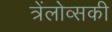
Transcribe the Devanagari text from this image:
त्रेंलोव्सकी